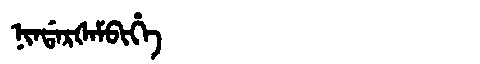
Manchu: ᠨᡳᠨᡩᠠᡵᡧᠠᠮᠪᡳᡥᡝ
Romanization: NINDARŠAMBIHE